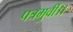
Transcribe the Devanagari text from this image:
पत्रमुर्वी।।